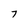
Character: 7